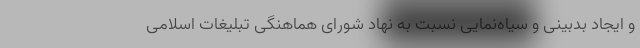
و ایجاد بدبینی و سیاه‌نمایی نسبت به نهاد شورای هماهنگی تبلیغات اسلامی